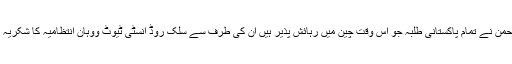
عبدالرحمن نے تمام پاکستانی طلبہ جو اس وقت چین میں رہائش پذیر ہیں اْن کی طرف سے سلک روڈ انسٹی ٹیوٹ ووہان انتظامیہ کا شکریہ ادا کیا۔